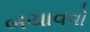
બચાવવો